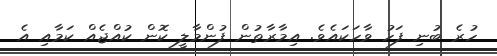
ހުރެ ބުނި ފަހު ވާހަކައެވެ. އިމާރާތުން ފުންމާލީ ކޮން ކުއްޖެއް ކަމާއި އެ